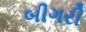
બીગરી